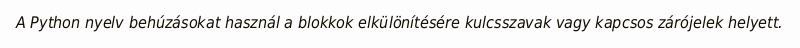
A Python nyelv behúzásokat használ a blokkok elkülönítésére kulcsszavak vagy kapcsos zárójelek helyett.